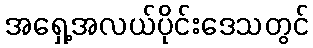
အရှေ့အလယ်ပိုင်းဒေသတွင်